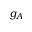
g _ { A }